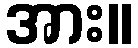
အား။